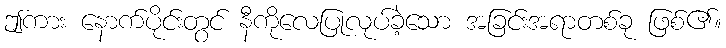
ဤကား နောက်ပိုင်းတွင် နီကိုလေပြုလုပ်ခဲ့သော အခြင်းအရာတစ်ခု ဖြစ်၏။